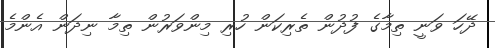
ދޭހަ ވަނީ ތިމާގެ ފުދުން ތެރިކަން ހުރި މިންވަރުން ތިމާ ނިދަން އެންމެ